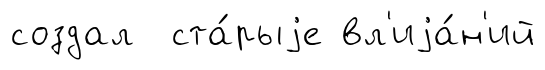
создал ста́рыjе вл'иjа́н'ий